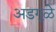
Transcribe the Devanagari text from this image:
अडगुळे